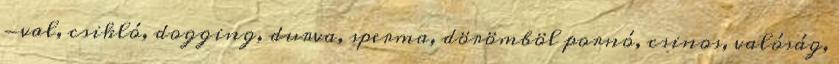
-val, csikló, dogging, durva, sperma, dörömböl pornó, csinos, valóság,